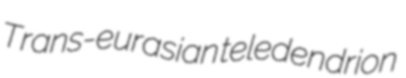
Trans-eurasian teledendrion